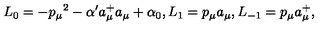
L _ { 0 } = - { p _ { \mu } } ^ { 2 } - \alpha ^ { \prime } a _ { \mu } ^ { + } a _ { \mu } + \alpha _ { 0 } , L _ { 1 } = p _ { \mu } a _ { \mu } , L _ { - 1 } = p _ { \mu } a _ { \mu } ^ { + } ,